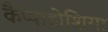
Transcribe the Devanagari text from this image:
कैप्पाडोशिया